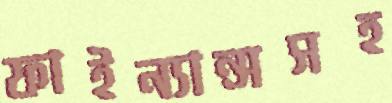
ফাইন্যান্সসহ